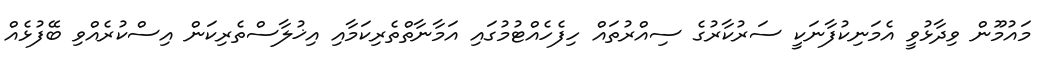
މައުމޫން ވިދާޅުވީ އެމަނިކުފާނަކީ ސަރުކާރުގެ ސިއްރުތައް ހިފެހެއްޓުމުގައި އަމާނާތްތެރިކަމާއި އިޚުލާސްތެރިކަން އިސްކުރެއްވި ބޭފުޅެއް